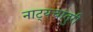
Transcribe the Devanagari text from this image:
नाट्यचातुरी